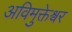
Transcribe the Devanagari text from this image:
अविमुक्तेश्वर